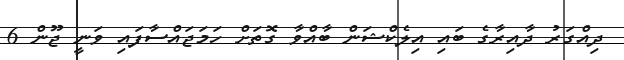
ދިއްގަރު ދާއިރާގެ ބައި އިލެކްޝަން ބާއްވާ ގޮތަށް ހަމަޖައްސާފައި ވަނީ ޖޫން 6